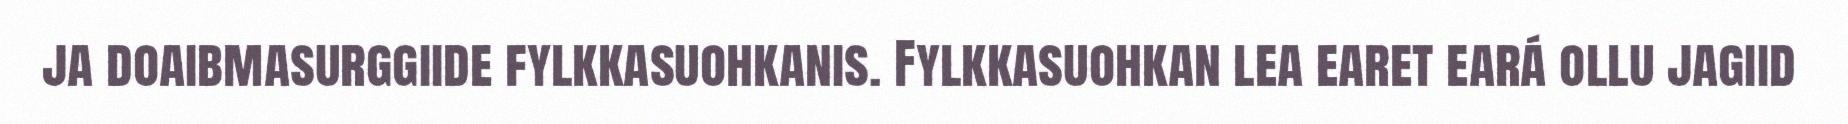
ja doaibmasurggiide fylkkasuohkanis. Fylkkasuohkan lea earet eará ollu jagiid